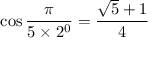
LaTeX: \cos { \frac { \pi } { 5 \times 2 ^ { 0 } } } = { \frac { { \sqrt { 5 } } + 1 } { 4 } }